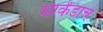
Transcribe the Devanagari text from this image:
मार्कंडाचे